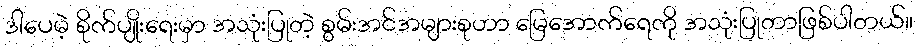
ဒါပေမဲ့ စိုက်ပျိုးရေးမှာ အသုံးပြုတဲ့ စွမ်းအင်အများစုဟာ မြေအောက်ရေကို အသုံးပြုတာဖြစ်ပါတယ်။